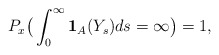
\begin{align*}P_x \big(\int_{0}^{\infty} \mathbf{1}_{A}(Y_s)ds = \infty\big)=1,\end{align*}